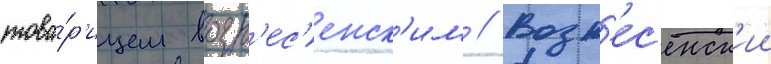
това́р'ищем возн'ес'енск'им // Возн'ес'енск'ии